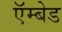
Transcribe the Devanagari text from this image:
ऍम्बेड